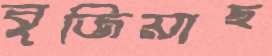
বুজিয়াছ